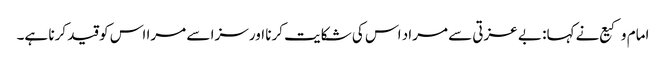
امام وکیع نے کہا: بے عزتی سے مراد اس کی شکایت کرنا اور سزا سے مرا اس کو قید کرنا ہے۔